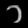
Digit: ၁